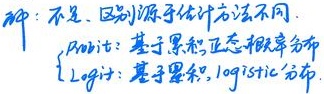
解：不是，区别源于估计方法不同。
Prob：基于累积，正态概率分布
Logit：基于累积，logistic分布